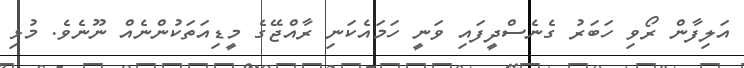
އަލިފާން ރޯވި ހަބަރު ގެނެސްދީފައި ވަނީ ހަމައެކަނި ރާއްޖޭގެ މީޑިއަތަކުންނެއް ނޫނެވެ. މުޅި